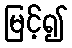
မြင့်၍